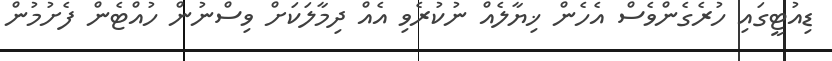
ޑިއުޓީގައި ހުރެގެންވެސް އެހެން ޚިޔާލެއް ނުކުރެވި އެއް ދިމާލަކަށް ވިސްނުން ހުއްޓެން ފެށުމުން